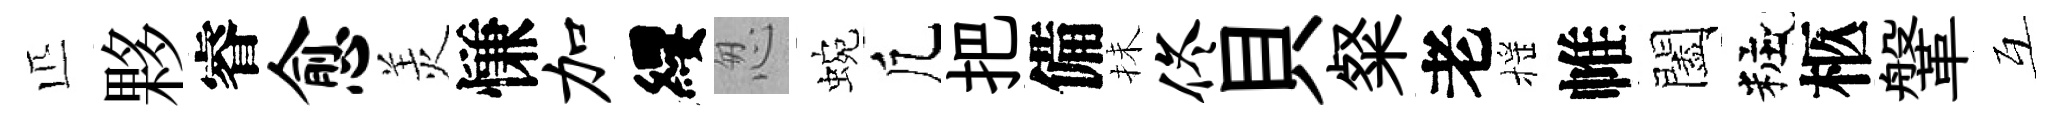
匹夥睿愈羙慊加纓怱蜿凢把備抺佟貝粲老摇帷闔粧柩鞶互